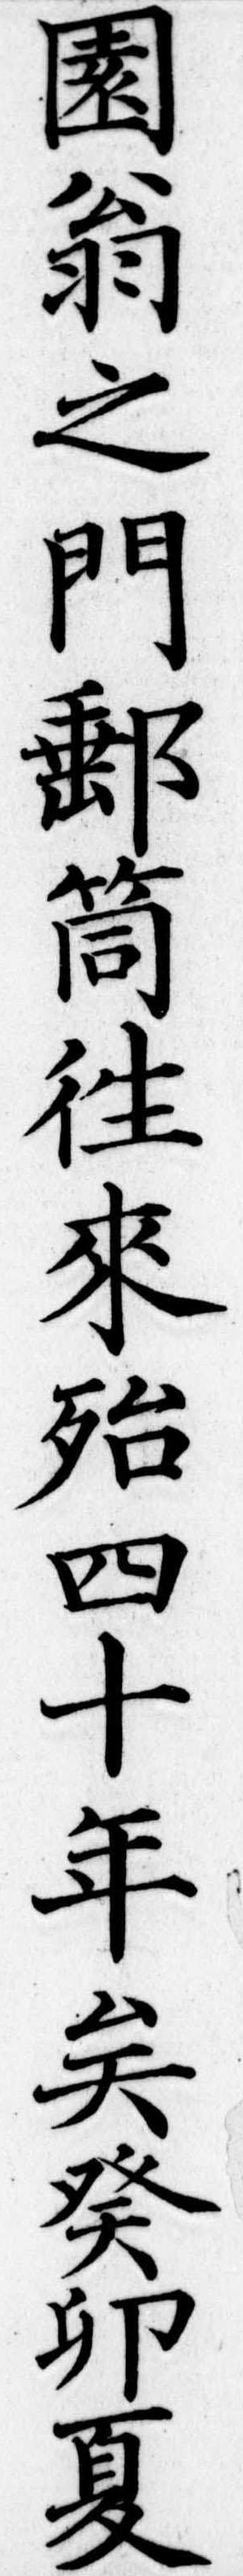
園翁之門筒往来殆四十年矣癸卯夏